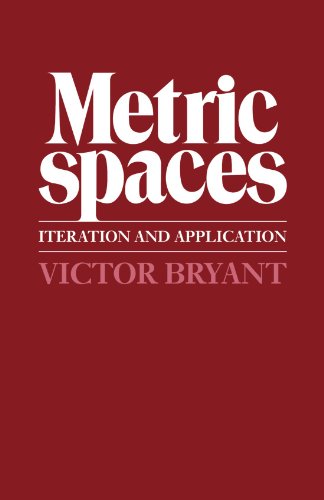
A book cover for Metric Spaces: Iteration and Application; Victor Bryant; Science & Math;